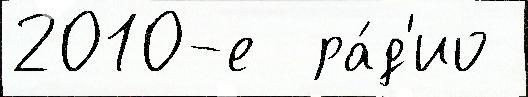
2010-е  ра́д'ио